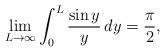
LaTeX: \begin{align*} \lim_{L\to\infty}\int_0^L \frac{\sin y}{y}\,dy =\frac{\pi}{2}, \end{align*}